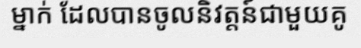
ម្នាក់ ដែលបានចូលនិវត្តន៍ជាមួយគូ